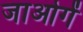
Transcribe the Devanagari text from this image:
जाओगें